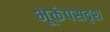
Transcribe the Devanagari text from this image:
भूकंपसदृश